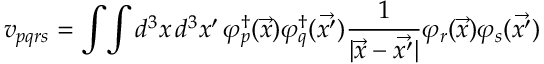
{ v } _ { p q r s } = \int \! \int d ^ { 3 } x \, d ^ { 3 } { x ^ { \prime } } \, { \varphi } _ { p } ^ { \dagger } ( \vec { x } ) { \varphi } _ { q } ^ { \dagger } ( \vec { x ^ { \prime } } ) \frac { 1 } { \vert \vec { x } - \vec { x ^ { \prime } } \vert } { \varphi } _ { r } ( \vec { x } ) { \varphi } _ { s } ( \vec { x ^ { \prime } } )